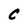
Character: C